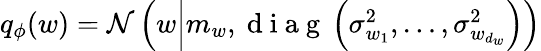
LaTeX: \begin{array}{r}{q_{\phi}(w)=\mathcal{N}\left(w\middle|m_{w},\mathrm{~d~i~a~g~}\left(\sigma_{w_{1}}^{2},\dots,\sigma_{w_{d_{w}}}^{2}\right)\right)}\end{array}